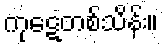
ကုဋေတစ်သိန်း။